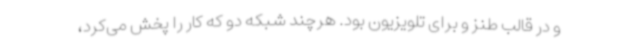
و در قالب طنز و برای تلویزیون بود. هرچند شبکه دو که کار را پخش می‌کرد،